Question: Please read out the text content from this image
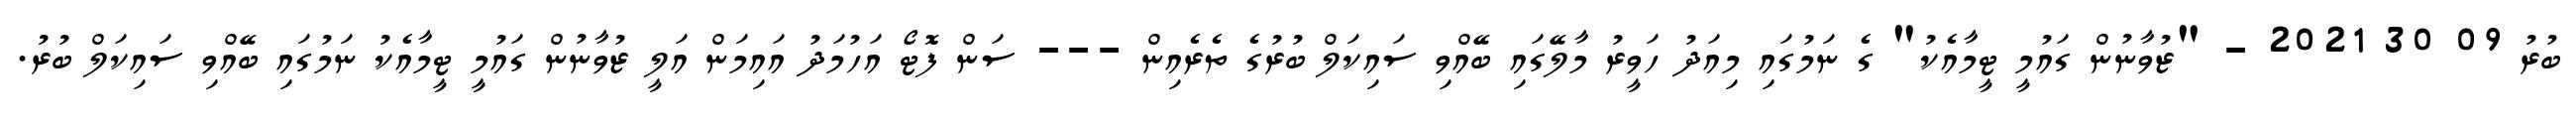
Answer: ބުރު 09 30 2021 - "ޒުވާނުން ގައުމީ ޓީމާއެކު" ގެ ނަމުގައި މިއަދު ހަވީރު މާލޭގައި ބޭއްވި ސައިކަލް ބުރުގެ ތެރެއިން --- ސަން ފޮޓޯ އަހުމަދު އައިމަން އަލީ ޒުވާނުން ގައުމީ ޓީމާއެކު ނަމުގައި ބޭއްވި ސައިކަލް ބުރު.